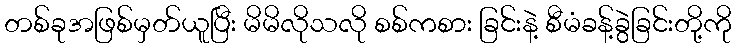
တစ်ခုအဖြစ်မှတ်ယူပြီး မိမိလိုသလို စစ်ကစား ခြင်းနဲ့ စီမံခန့်ခွဲခြင်းတို့ကို